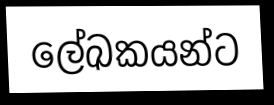
ලේඛකයන්ට